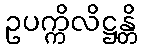
ဥပက္ကိလိဋ္ဌန္တိ